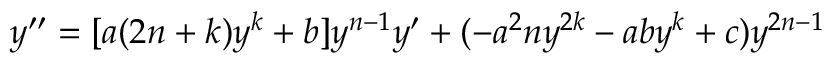
y ^ { \prime \prime } = [ a ( 2 n + k ) y ^ { k } + b ] y ^ { n - 1 } y ^ { \prime } + ( - a ^ { 2 } n y ^ { 2 k } - a b y ^ { k } + c ) y ^ { 2 n - 1 }